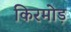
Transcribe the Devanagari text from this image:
किरमोड़